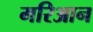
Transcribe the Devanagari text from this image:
मरिआन